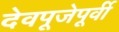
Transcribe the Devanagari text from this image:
देवपूजेपूर्वी